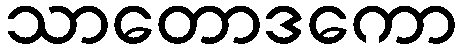
သာတောဒကော